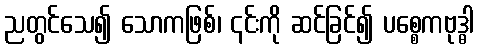
ညတွင်သေ၍ သောကဖြစ်၊ ၎င်းကို ဆင်ခြင်၍ ပစ္စေကဗုဒ္ဓါ